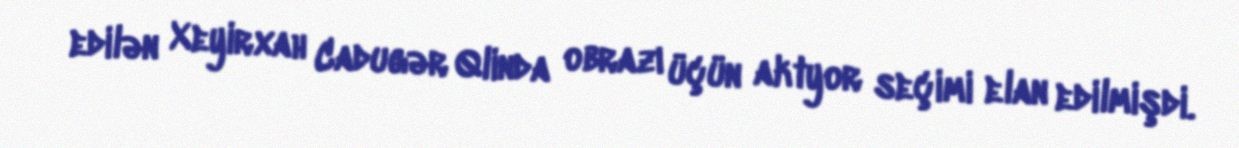
edilən Xeyirxah Cadugər Qlinda obrazı üçün aktyor seçimi elan edilmişdi.